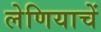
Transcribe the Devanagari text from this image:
लेणियाचें